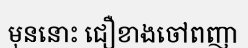
មុននោះ ជឿខាងចៅពញា